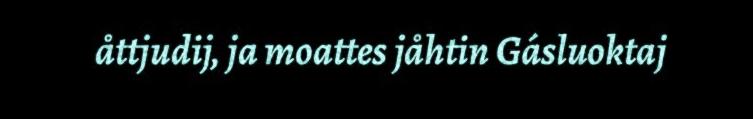
åttjudij, ja moattes jåhtin Gásluoktaj